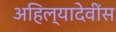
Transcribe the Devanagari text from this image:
अहिल्यादेवींस